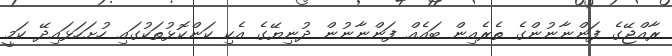
ރާއްޖޭގެ ފަންނާނުންގެ ތެރެއިން ބައެއް ފަންނާނުން ދުނިޔޭގެ އެކި ކަންކޮޅުތަކުގައި ހުށަހަޅައިދޭ ކަމީ